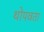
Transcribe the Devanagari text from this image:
थोपवता